Civil Veterinary Department Bengal reports 1933-51 - 1933-1951
Year: 1933
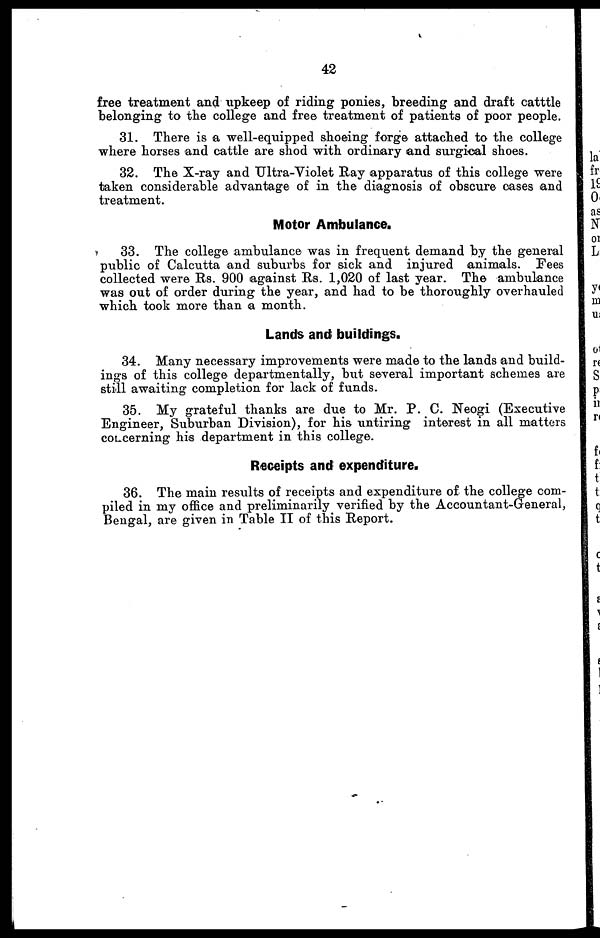
42
free treatment and upkeep of riding ponies, breeding and draft catttle
belonging to the college and free treatment of patients of poor people.
31. There is a well-equipped shoeing forge attached to the college
where horses and cattle are shod with ordinary and surgical shoes.
32. The X-ray and Ultra-Violet Ray apparatus of this college were
taken considerable advantage of in the diagnosis of obscure oases and
treatment.
Motor Ambulance.
33. The college ambulance was in frequent demand by the general
public of Calcutta and suburbs for sick and injured animals. Fees
collected were Rs. 900 against Rs. 1,020 of last year. The ambulance
was out of order during the year, and had to be thoroughly overhauled
which took more than a month.
Lands and buildings.
34. Many necessary improvements were made to the lands and build-
ings of this college departmentally, but several important schemes are
still awaiting completion for lack of funds.
35. My grateful thanks are due to Mr. P. C. Neogi (Executive
Engineer, Suburban Division), for his untiring interest in all matters
coLcerning hie department in this college.
Receipts and expenditure.
36. The main results of receipts and expenditure of the college com-
piled in my office and preliminarily verified by the Accountant-General,
Bengal, are given in Table II of this Report.